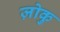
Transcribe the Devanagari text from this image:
ज़ोकु